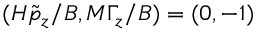
( H \tilde { p } _ { z } / B , M \Gamma _ { z } / B ) = ( 0 , - 1 )